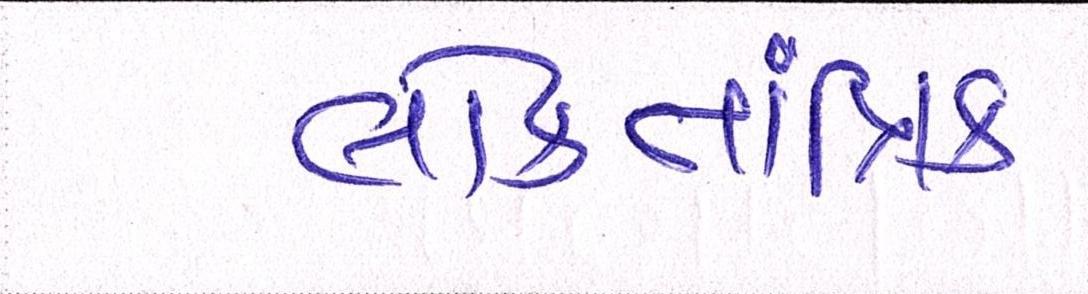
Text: લોકતાંત્રિક